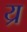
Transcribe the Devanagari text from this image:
य्र